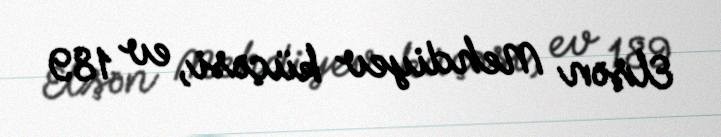
Elşən Mehdiyev küçəsi, ev 189